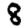
Digit: 8